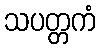
သပတ္တကံ